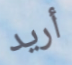
أريد